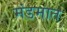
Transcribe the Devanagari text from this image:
मंडमात